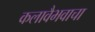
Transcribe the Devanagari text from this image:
कलावैभवाचा